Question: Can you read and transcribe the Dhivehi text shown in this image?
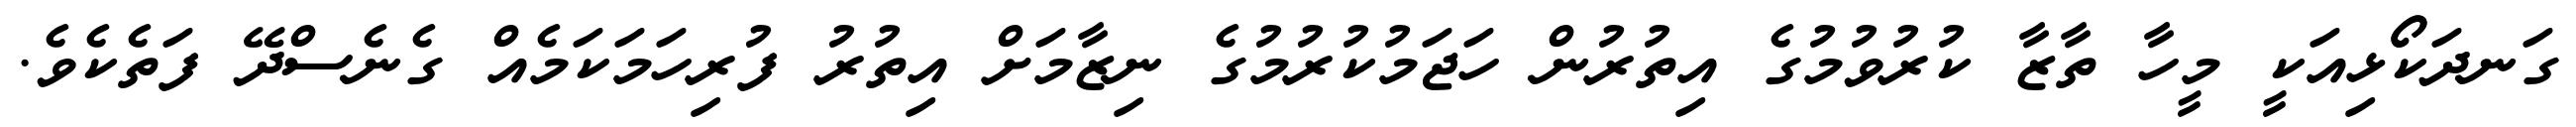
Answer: ގަނދަކޯޯޅިއަކީ މީހާ ތާޒާ ކުރުވުމުގެ އިތުރުން ހަޖަމުކުރުމުގެ ނިޒާމަށް އިތުރު ފުރިހަމަކަމެއް ގެނެސްދޭ ފަތެކެވެ.